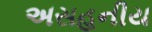
અસહનીય